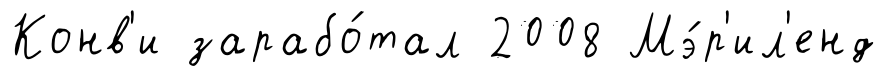
Конв'и зарабо́тал 2008 Мэ́р'ил'енд